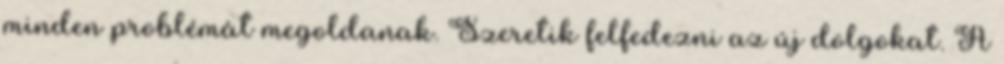
minden problémát megoldanak. Szeretik felfedezni az új dolgokat. A